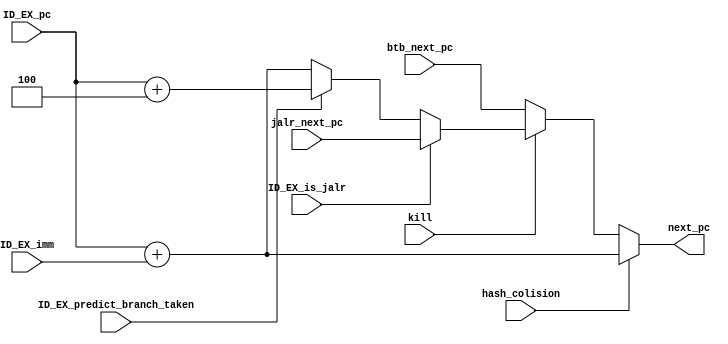
module NextPCLogic(
    input kill, 
    input hash_colision,
    input ID_EX_predict_branch_taken, 
    input ID_EX_is_jalr, 
    input [31:0] ID_EX_pc, 
    input [31:0] ID_EX_imm, 
    input [31:0] btb_next_pc, 
    input [31:0] jalr_next_pc, 
    output reg [31:0] next_pc
);

always @(*) begin 
if(hash_colision) next_pc = ID_EX_pc + ID_EX_imm;
else begin
        if (kill) begin
             if (ID_EX_is_jalr) begin 
                 next_pc = jalr_next_pc; 
             end  
             else begin
                     if (ID_EX_predict_branch_taken) begin 
                         next_pc = ID_EX_pc + 4;
                     end
                     else begin 
                         next_pc = ID_EX_pc + ID_EX_imm;
                     end
                end
            
    end
    else begin
        next_pc = btb_next_pc; 
    end 
end    
    
end 

endmodule